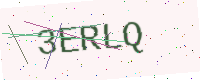
Text: 3ERLQ